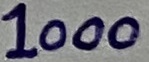
Text: 1000